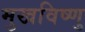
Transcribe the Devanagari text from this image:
मुखविष्णु